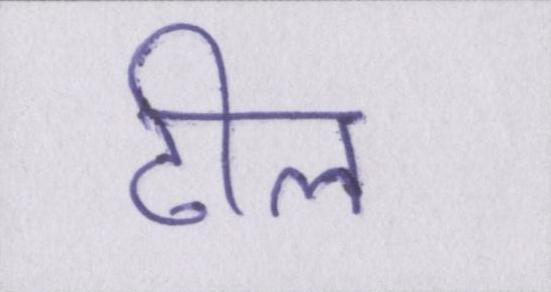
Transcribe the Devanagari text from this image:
ढील